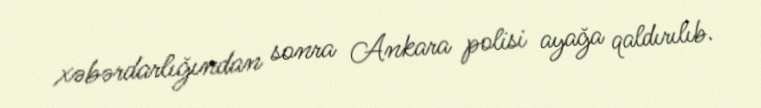
xəbərdarlığından sonra Ankara polisi ayağa qaldırılıb.